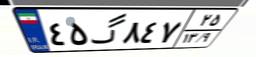
۷۳گ۶۰۴۱۸